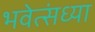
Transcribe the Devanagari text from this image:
भवेत्संध्या